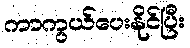
ကာကွယ်ပေးနိုင်ပြီး